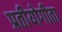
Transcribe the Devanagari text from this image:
प्रतीयोगीता